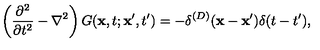
\left( { \frac { \partial ^ { 2 } } { \partial t ^ { 2 } } } - \nabla ^ { 2 } \right) G ( { \bf x } , t ; { \bf x } ^ { \prime } , t ^ { \prime } ) = - \delta ^ { ( D ) } ( { \bf x } - { \bf x } ^ { \prime } ) \delta ( t - t ^ { \prime } ) ,